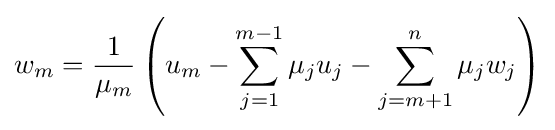
w_{m}={\frac {1}{\mu _{m}}}\left(u_{m}-\sum _{j=1}^{m-1}\mu _{j}u_{j}-\sum _{j=m+1}^{n}\mu _{j}w_{j}\right)